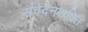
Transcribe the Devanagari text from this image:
संवेदनशक्ति